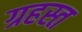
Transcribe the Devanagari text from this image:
ग्रहस्त